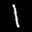
Label: 1